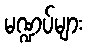
မဏ္ဍပ်များ